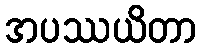
အပဿယိတာ